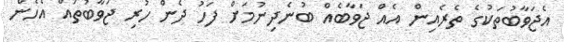
އެޖަވާބުތަކުގެ ތެރެއިން އެއް ޖަވާބެއް ބުނެދިނުމަށް ފަހު ދެން ހުރި ޖަވާބުތައް އެހެން